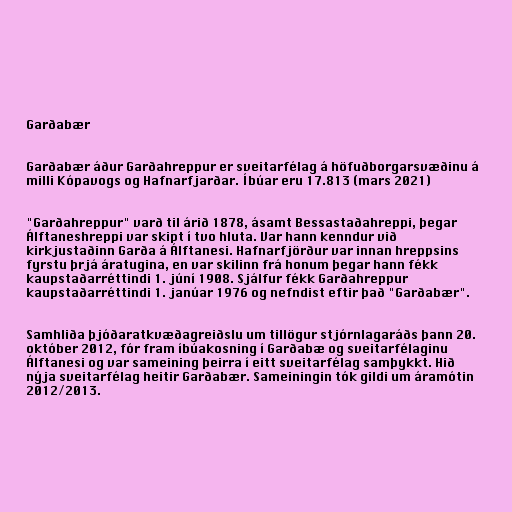
Garðabær

Garðabær áður Garðahreppur er sveitarfélag á höfuðborgarsvæðinu á
milli Kópavogs og Hafnarfjarðar. Íbúar eru 17.813 (mars 2021)

"Garðahreppur" varð til árið 1878, ásamt Bessastaðahreppi, þegar
Álftaneshreppi var skipt í tvo hluta. Var hann kenndur við
kirkjustaðinn Garða á Álftanesi. Hafnarfjörður var innan hreppsins
fyrstu þrjá áratugina, en var skilinn frá honum þegar hann fékk
kaupstaðarréttindi 1. júní 1908. Sjálfur fékk Garðahreppur
kaupstaðarréttindi 1. janúar 1976 og nefndist eftir það "Garðabær".

Samhliða þjóðaratkvæðagreiðslu um tillögur stjórnlagaráðs þann 20.
október 2012, fór fram íbúakosning í Garðabæ og sveitarfélaginu
Álftanesi og var sameining þeirra í eitt sveitarfélag samþykkt. Hið
nýja sveitarfélag heitir Garðabær. Sameiningin tók gildi um áramótin
2012/2013.